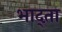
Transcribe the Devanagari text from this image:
भाद्ता